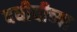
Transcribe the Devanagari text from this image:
दधीचीच्या